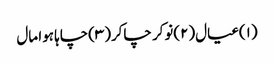
(۱)عیال(۲)نوکر چاکر(۳)چاہا ہوا مال